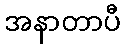
အနာတာပီ